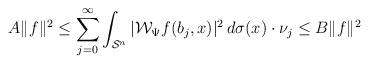
LaTeX: \begin{align*}A\|f\|^2\leq\sum_{j=0}^\infty\int_{\mathcal S^n}|\mathcal W_\Psi f(b_j,x)|^2\,d\sigma(x)\cdot\nu_j\leq B\|f\|^2\end{align*}